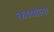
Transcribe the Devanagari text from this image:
कायाला